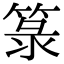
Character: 箓